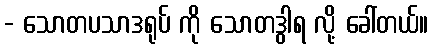
- သောတပသာဒရုပ် ကို သောတဒွါရ လို့ ခေါ်တယ်။